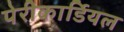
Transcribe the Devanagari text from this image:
पेरीकार्डियल